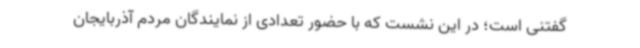
گفتنی است؛ در این نشست که با حضور تعدادی از نمایندگان مردم آذربایجان